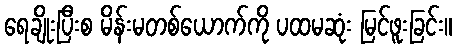
ရေချိုးပြီးစ မိန်းမတစ်ယောက်ကို ပထမဆုံး မြင်ဖူးခြင်း။